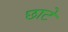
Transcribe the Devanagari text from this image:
छाटे